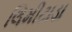
લિમીટાડા